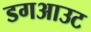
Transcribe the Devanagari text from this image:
डगआउट